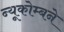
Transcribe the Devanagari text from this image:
न्यूकोम्बने